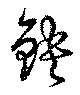
鉠